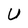
Character: U